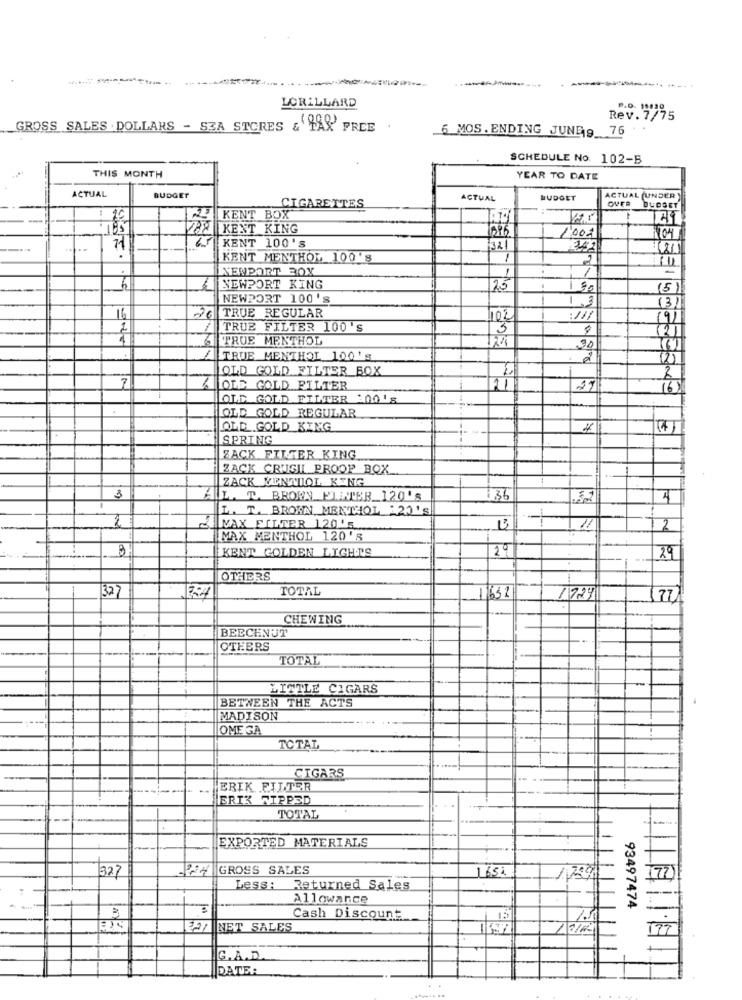
---
LORILLARD
P.O. 199
Rev. 7/75
GROSS SALES DOLLARS - SZA STORES & TAX FREE
6 MOS. ENDING JUNE9 76
SCHEDULE No. 102-5
THIS MONTH
YEAR TO DATE
ACTUAL
BUDGET
ACTUAL
BUDGET
ACTUAL (UNDER
OVER
CIGARETTES
BUDGET
20
KENT BOX
BY KENT KING
095
1000
71
KENT 100'S
321
341
KENT MENTHOL 100'S
1
2
NEWPORT 30Y
1
NEWPORT KING
25
(5)
NEWPORT 100'S
-
(3)
TRUE REGULAR
16
26
102
2
TRUE FILTER 100's
5
21
4
TRUE MENTHOL
30
TRUE MENTHOL 100's
. 2
(2)
OLD GOLD FILTER BOX
-
OLE GOLD FILTER
27
(6)
OLD GOLD FILTER :00 'S
OLD GOLD REGULAR
OLD GOLD KING
(4)
SPRING
ZACK FILTER KING
ZACK CRUGIL PROOP BOX
ZACK VENTILOL KING
L. T. BRORN PLATER_120'S
136
L. T. BROWN, MENTHOL : 23'S
-
2
MAX FILTER 120'5.
11
2
MAX MENTHOL 120'S
KENT GOLDEN LIGHTS
29
29
OTHERS
32
TOTAL
1632
1724
77
CHEWING
BEECHNUT
OTHERS
TOTAL
LITTLE CIGARS
BETWEEN THE ACTS
MADISON
OME GA
TOTAL
CIGARS
ERIK FILTER
ERIK TIPPED
TOTAL
EXPORTED MATERIALS
327
GROSS SALES
1654
1799
177
Less:
Returned Sales
Allowance
93497474
Cash Discount
A/ NET SALES
177
C.A.D.
DATE: